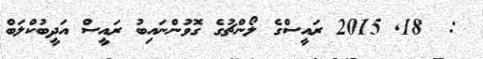
:  18